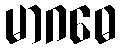
မာဂဓေ